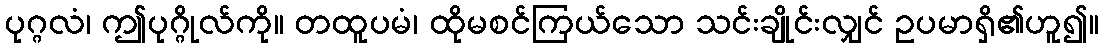
ပုဂ္ဂလံ၊ ဤပုဂ္ဂိုလ်ကို။ တထူပမံ၊ ထိုမစင်ကြယ်သော သင်းချိုင်းလျှင် ဥပမာရှိ၏ဟူ၍။